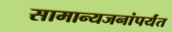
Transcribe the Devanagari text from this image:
सामान्यजनांपर्यंत